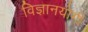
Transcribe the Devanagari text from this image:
विज्ञानयोगी